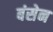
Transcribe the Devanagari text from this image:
बंसेन